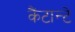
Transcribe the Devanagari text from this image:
कैंटान्टे